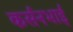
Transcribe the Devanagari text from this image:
कर्सनभाई